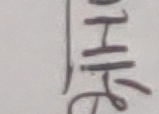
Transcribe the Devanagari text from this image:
ही